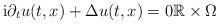
LaTeX: \begin{align*}\mathrm{i}\partial_t u(t,x) +\Delta u(t,x) = 0\mathbb R \times \Omega\end{align*}